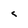
Character: c